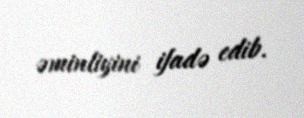
əminliyini ifadə edib.